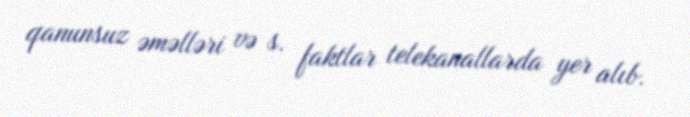
qanunsuz əməlləri və s. faktlar telekanallarda yer alıb.